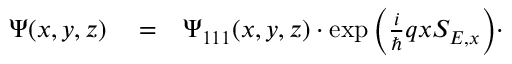
\begin{array} { r l r } { \Psi ( x , y , z ) } & { { } = } & { \Psi _ { 1 1 1 } ( x , y , z ) \cdot \exp { \Big ( \frac { i } { \hbar } q x S _ { E , x } \Big ) } \cdot } \end{array}